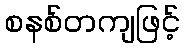
စနစ်တကျဖြင့်